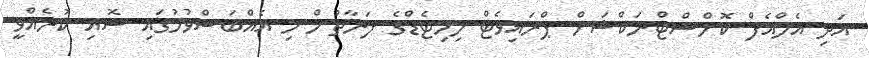
އަދި އެލްއެފް ކޮންސްޓްރަކްޝަން ޕްރައިވެޓް ލިމިޓެޑްގެ ފަރާތުން މި އެއްބަސްވުމުގައި ސޮއި ކުރެއްވީ